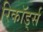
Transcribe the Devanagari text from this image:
रिकॉड्‌र्स